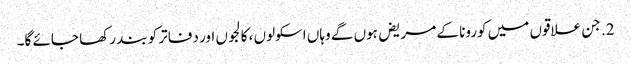
2. جن علاقوں میں کورونا کے مریض ہوں گے وہاں اسکولوں ، کالجوں اور دفاتر کو بند رکھا جائے گا۔